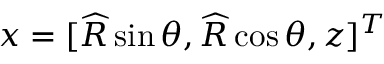
{ \boldsymbol { x } } = [ \widehat { R } \sin \theta , \widehat { R } \cos \theta , z ] ^ { T }